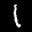
Label: 1